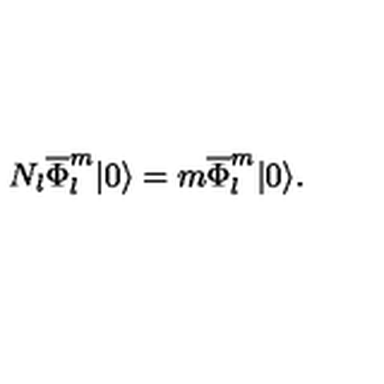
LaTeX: N _ { l } \overline { { \Phi } } _ { l } ^ { m } | 0 \rangle = m \overline { { \Phi } } _ { l } ^ { m } | 0 \rangle .